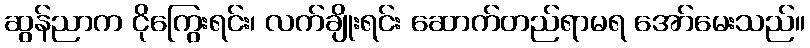
ဆွန်ညာက ငိုကြွေးရင်း၊ လက်ချိုးရင်း ဆောက်တည်ရာမရ အော်မေးသည်။